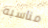
مناسبه